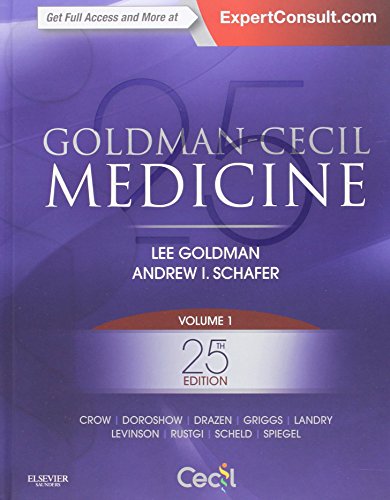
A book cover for Goldman-Cecil Medicine,  2-Volume Set, 25e (Cecil Textbook of Medicine); Lee Goldman MD; Medical Books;